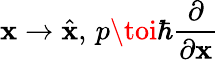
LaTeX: \mathbf{x}\to{\hat{{\mathbf{x}}}},\, p\toi\hbar{\frac{{\partial}}{{\partial\mathbf{x}}}}